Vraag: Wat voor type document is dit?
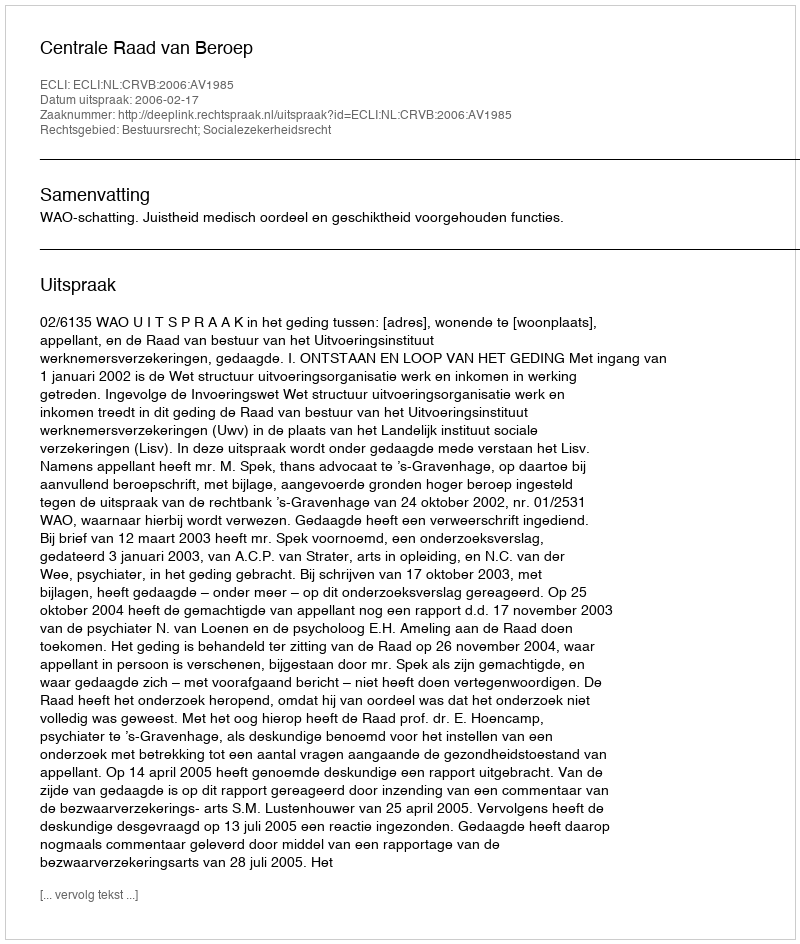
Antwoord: Uitspraak